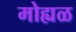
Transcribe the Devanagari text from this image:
मोह्यळ